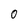
Character: 0